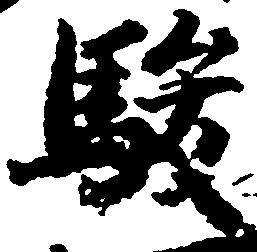
駿